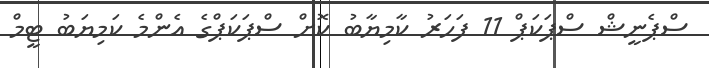
ސްޕެނީޝް ސްޕަކަޕް 11 ފަހަރު ކާމިޔާބު ކޮށް ސްޕަކަޕްގެ އެންމެ ކަމިޔަބު ޓީމް